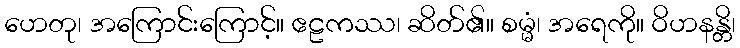
ဟေတု၊ အကြောင်းကြောင့်။ ဧဠကဿ၊ ဆိတ်၏။ စမ္မံ၊ အရေကို။ ဝိဟနန္တိ၊